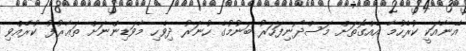
އޭނާއަކީ ކުރެހުމާ އެއްގޮތަށް މަސްދޯނިފަހަރު ބަނުމުގެ ހުނަރު ދިވެހި މާވަޑިންނަށް ތަޢާރުފު ކުރެއްވި